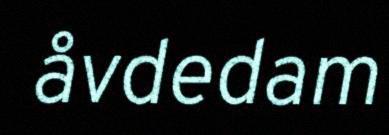
åvdedam